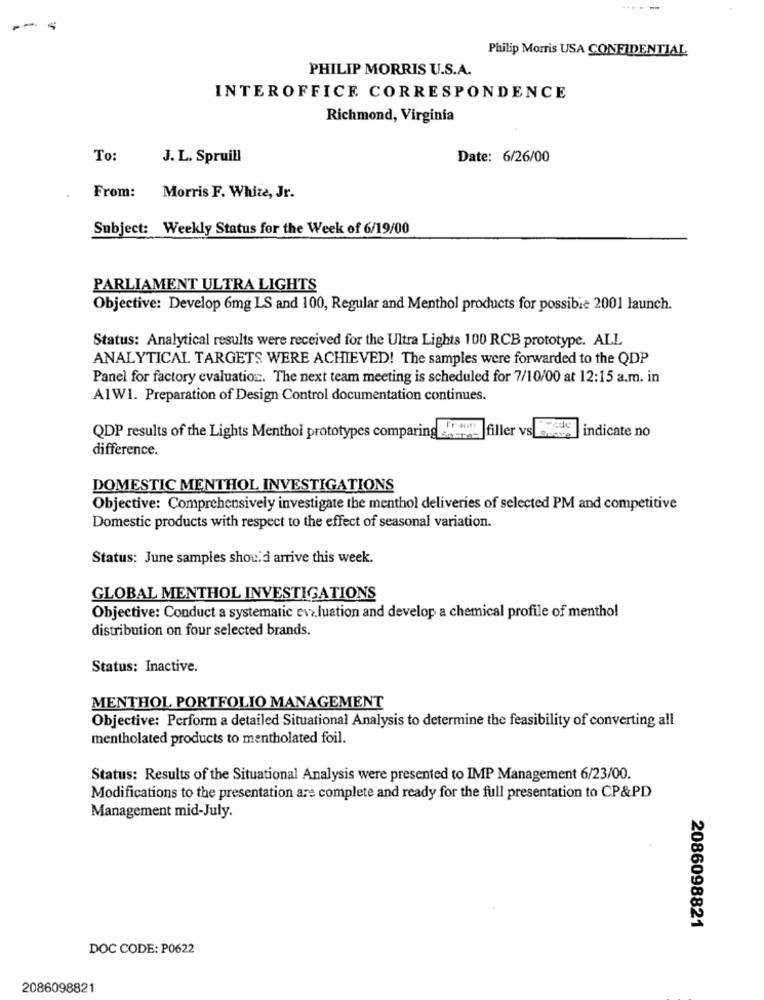
Philip Morris USA CONFIDENTIAL
PHILIP MORRIS U.S.A.
INTEROFFICE CORRESPONDENCE
Richmond, Virginia
To:
J. L. Spruill
Date: 6/26/00
From:
Morris F. White, Jr.
Subject: Weekly Status for the Week of 6/19/00
PARLIAMENT ULTRA LIGHTS
Objective: Develop 6mg LS and 100, Regular and Menthol products for possible 2001 launch.
Status: Analytical results were received for the Ultra Lights 100 RCB prototype. ALL
ANALYTICAL TARGETS WERE ACHIEVED! The samples were forwarded to the QDP
Panel for factory evaluation :. The next team meeting is scheduled for 7/10/00 at 12:15 a.m. in
A1W1. Preparation of Design Control documentation continues.
indicate no
QDP results of the Lights Menthol prototypes comparing secre-
filler vs|so
difference.
DOMESTIC MENTHOL INVESTIGATIONS
Objective: Comprehensively investigate the menthol deliveries of selected PM and competitive
Domestic products with respect to the effect of seasonal variation.
Status: June samples should arrive this week.
GLOBAL MENTHOL INVESTIGATIONS
Objective: Conduct a systematic evaluation and develop a chemical profile of menthol
distribution on four selected brands.
Status: Inactive.
MENTHOL PORTFOLIO MANAGEMENT
Objective: Perform a detailed Situational Analysis to determine the feasibility of converting all
mentholated products to mentholated foil.
Status: Results of the Situational Analysis were presented to IMP Management 6/23/00.
Modifications to the presentation are complete and ready for the full presentation to CP&PD
Management mid-July.
2086098821
DOC CODE: P0622
2086098821